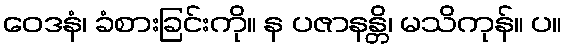
ဝေဒနံ၊ ခံစားခြင်းကို။ န ပဇာနန္တိ၊ မသိကုန်။ ပ။